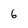
Character: 6